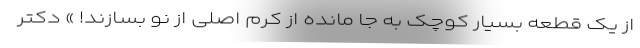
از یک قطعه بسیار کوچک به جا مانده از کرم اصلی از نو بسازند! » دکتر